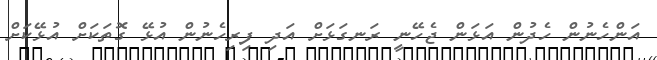
އަންހެނުން ހެދުން އަޅަން ޖެހޭނީ ރަނގަޅަށް އަދި ފިރިހެނުން އުޅޭ ގޮތަކަށް އުޅޭކަށް